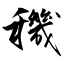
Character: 穖